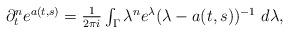
LaTeX: \begin{align*} \begin{array}{ll}\partial_t^n e^{a(t,s)} = \frac{1}{2 \pi i} \int_{\Gamma} \lambda^n e^{\lambda} (\lambda-a(t,s))^{-1} ~ d \lambda, \end{array} \end{align*}